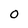
Character: 0